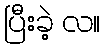
ပြီးခဲ့ လ။